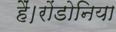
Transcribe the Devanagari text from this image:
हैं।रोंडोनिया